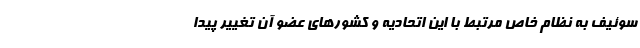
سوئیف به نظام خاص مرتبط با این اتحادیه و کشورهای عضو آن تغییر پیدا